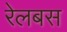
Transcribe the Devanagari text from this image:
रेलबस